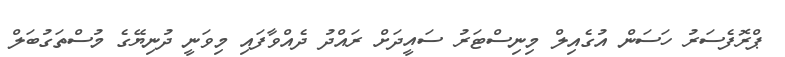
ޕްރޮފެސަރު ހަސަން އުގެއިލް މިނިސްޓަރު ސައީދަށް ރައްދު ދެއްވާފައި މިވަނީ ދުނިޔޭގެ މުސްތަގުބަލް